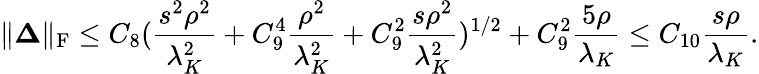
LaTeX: \| \boldsymbol{\Delta}\| _{\mathrm{F}}\leq C_{8}(\frac{s^{2}\rho^{2}}{\lambda_{K}^{2}}+C_{9}^{4}\frac{\rho^{2}}{\lambda_{K}^{2}}+C_{9}^{2}\frac{s\rho^{2}}{\lambda_{K}^{2}})^{1/2}+C_{9}^{2}\frac{5\rho}{\lambda_{K}}\leq C_{10}\frac{s\rho}{\lambda_{K}}.